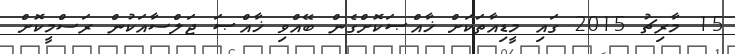
15 މާރިޗު 2015 ގައި މީޑިއާތަކަށް ޚާއްޞަކޮށްގެން ބޭއްވި ޚާއްޞަ ޖަލްސާއަކުން ރަސްމީކޮށް